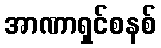
အာဏာရှင်စနစ်